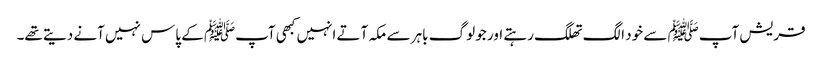
قریش آپﷺ سے خود الگ تھلگ رہتے اور جو لوگ باہر سے مکہ آتے انہیں کبھی آپﷺ کے پاس نہیں آنے دیتے تھے۔